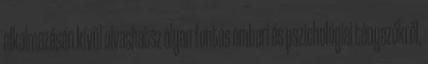
alkalmazásán kívül olvashatsz olyan fontos emberi és pszichológiai tényezőkről,